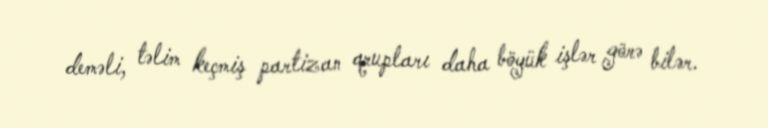
deməli, təlim keçmiş partizan qrupları daha böyük işlər görə bilər.